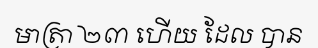
មាត្រា ២៣ ហើយ ដែល បាន